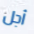
أجل